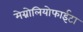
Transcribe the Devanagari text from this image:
मेग्नोलियोफाईटा